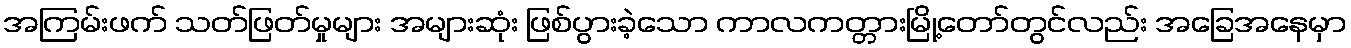
အကြမ်းဖက် သတ်ဖြတ်မှုများ အများဆုံး ဖြစ်ပွားခဲ့သော ကာလကတ္တားမြို့တော်တွင်လည်း အခြေအနေမှာ